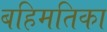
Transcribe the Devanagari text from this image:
बहिमतिका